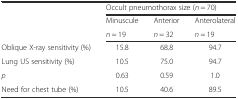
<table><thead><tr><td></td><td colspan="3"><b>Occult pneumothorax size (<i>n</i> = 70)</b></td></tr><tr><td rowspan="2"></td><td><b>Minuscule</b></td><td><b>Anterior</b></td><td><b>Anterolateral</b></td></tr><tr><td><b><i>n</i> = 19</b></td><td><b><i>n</i> = 32</b></td><td><b><i>n</i> = 19</b></td></tr></thead><tbody><tr><td>Oblique X-ray sensitivity (%)</td><td>15.8</td><td>68.8</td><td>94.7</td></tr><tr><td>Lung US sensitivity (%)</td><td>10.5</td><td>75.0</td><td>94.7</td></tr><tr><td><i>p</i></td><td>0.63</td><td>0.59</td><td>1.0</td></tr><tr><td>Need for chest tube (%)</td><td>10.5</td><td>40.6</td><td>89.5</td></tr></tbody></table>